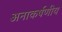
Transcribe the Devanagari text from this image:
अनाकर्षणीय